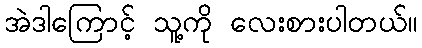
အဲဒါကြောင့် သူ့ကို လေးစားပါတယ်။